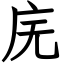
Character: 庑